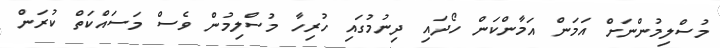
މުސްލިމުންނަށް އަމަން އަމާންކަން ހޯދައި ދިނުމުގައި ހުރިހާ މުސްލިމުން ވެސް މަސައްކަތް ކުރަން